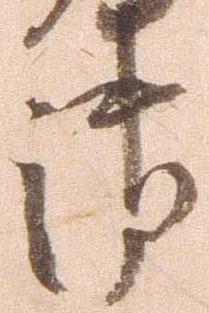
御